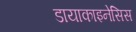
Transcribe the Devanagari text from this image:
डायाकाइनेसिस